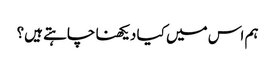
ہم اس میں کیا دیکھنا چاہتے ہیں؟